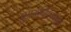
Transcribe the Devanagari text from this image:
पूयस्फोटिकाओं